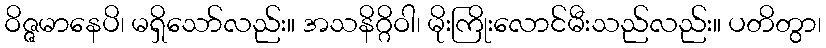
ဝိဇ္ဇမာနေပိ၊ မရှိသော်လည်း။ အသနိဂ္ဂိဝါ၊ မိုးကြိုးလောင်မီးသည်လည်း။ ပတိတွာ၊